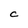
Character: C